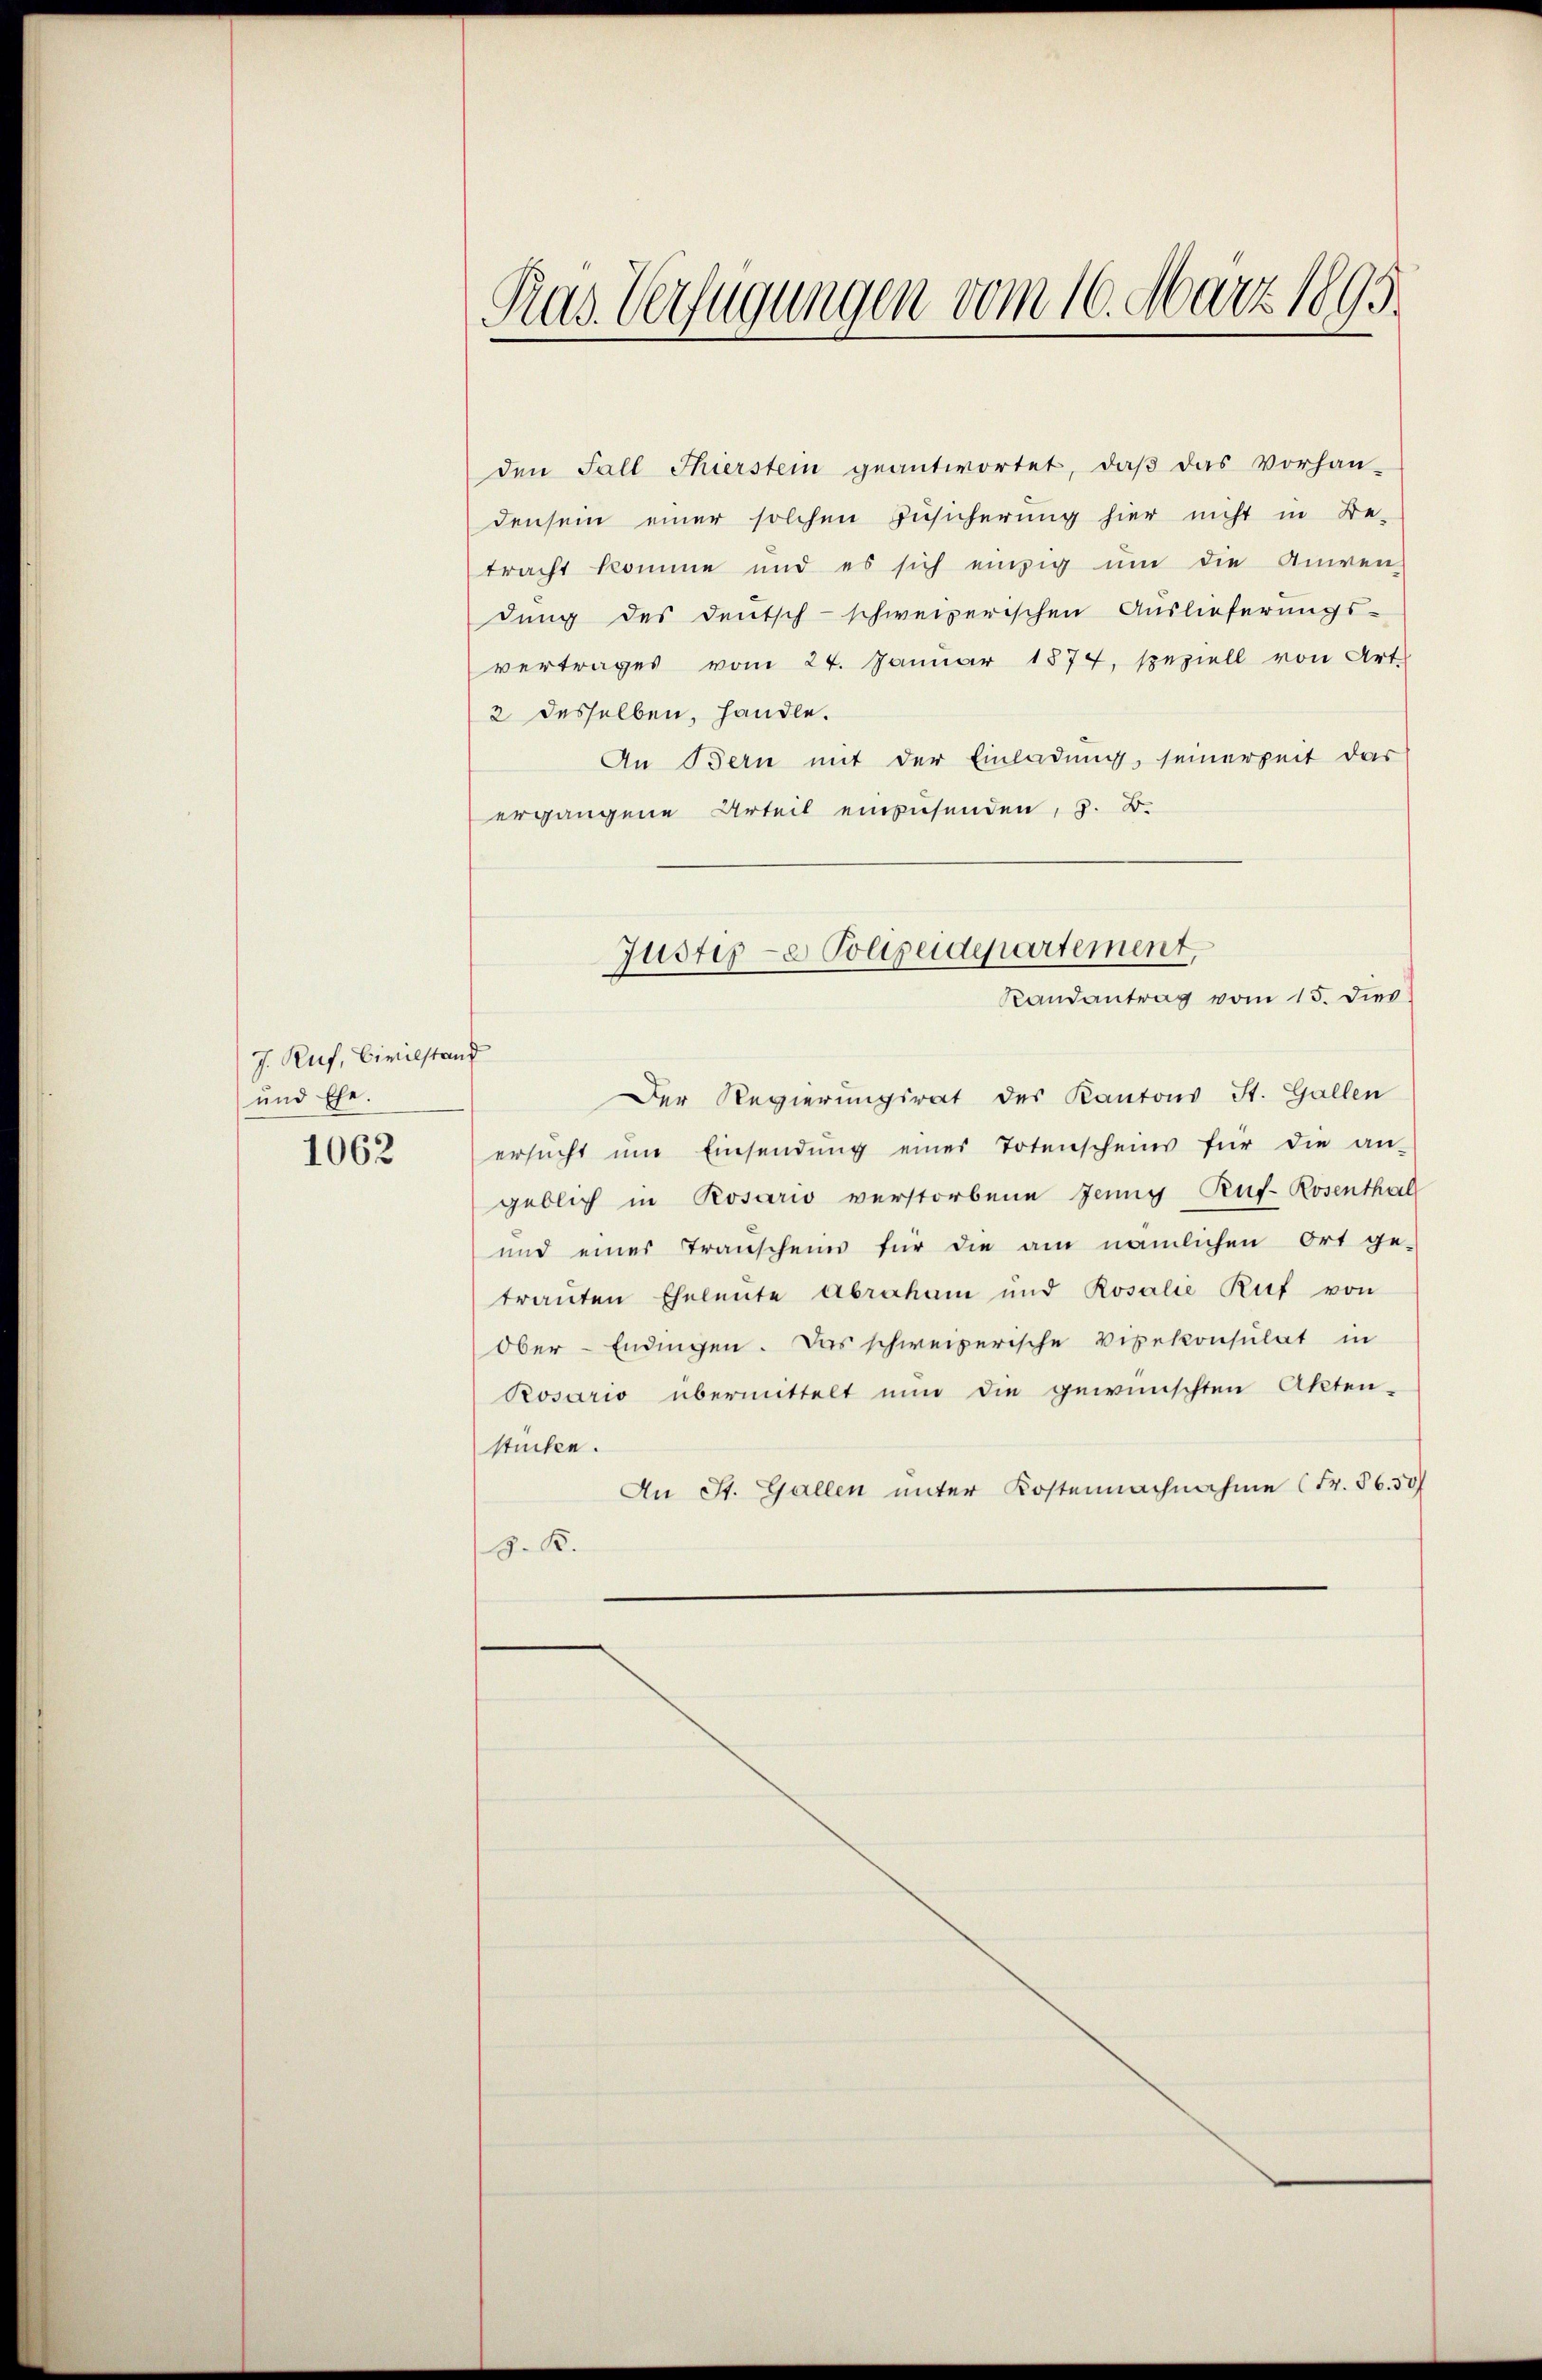
J. Ruf, Civilstand
und Ehe.

1062

Ras Verfügungen vom 16. März 1895

den Fall Thierstein geantwortet, daβ das Vorhan-
densein einer solchen Zusicherung hier nicht in Be-
tracht komme und es sich einzig ŭm die Anwen-
dung des deutsch-schweizerischen Auslieferungs-
vertrages vom 24. Januar 1877, speziell von Art
2 desselben, handle.
An Bern mit der Einladung, seinerzeit das
ergangene Urteil einzusenden, z. B.
Der Regierungsrat des Kantons St. Gallen
ersŭcht ŭm Einsendŭng einer Totenscheins für die an-
geblich in Rosario verstorbene Jenny Ruf-Rosenthal
und eines Transchein für die am nämlichen Ort ge-
trauten Eheleute Abraham und Rosalie Ruf von
Ober-Endingen. Das schweizerische Vizekonsulat in
Posario übermittelt nun die gewünschten Akten-
stücken.
An St. Gallen unter Kostennachnahme (Fr. 86. 50
J. K.

Justige Polizeidepartement,
Randantrag vom 15. dies